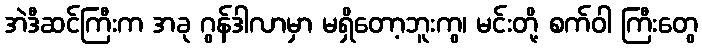
အဲဒီဆင်ကြီးက အခု ဂွန်ဒါလာမှာ မရှိတော့ဘူးကွ၊ မင်းတို့ စက်ဝါ ကြီးတွေ